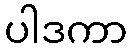
ပါဒကာ